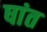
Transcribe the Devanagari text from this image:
षांत